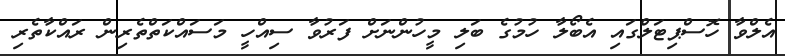
އެލްވާ ހޮސްޕިޓަލްގައި އެބޯލާ ހުމުގެ ބަލި މީހުންނަށް ފަރުވާ ސިއްހީ މަސައްކަތްތެރިން ރައްކާތެރި